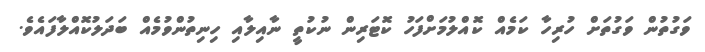
ވަގުތުން ވަގުތަށް ހުރިހާ ކަމެއް ކޮއްލުމަށްފަހު ކޮޓަރިން ނުކުތީ ނާއިލާއި ހިނިތުންވުމެއް ބަދަލުކޮއްލާފައެވެ.